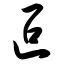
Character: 叵